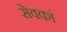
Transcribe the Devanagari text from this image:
सेवकां